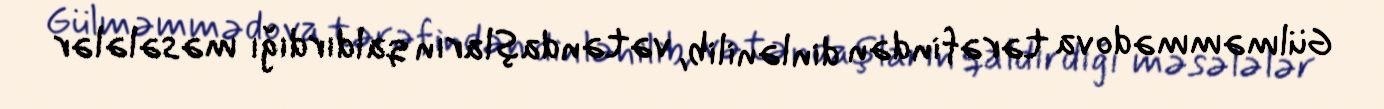
Gülməmmədova tərəfindən dinlənilib, vətəndaşların qaldırdığı məsələlər